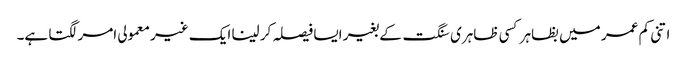
اتنی کم عمر میں بظاہر کسی ظاہری سنگت کے بغیر ایسا فیصلہ کر لینا ایک غیر معمولی امر لگتا ہے۔